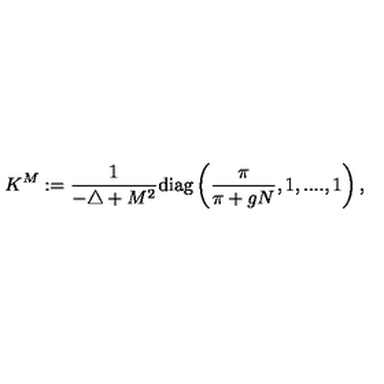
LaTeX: K ^ { M } : = \frac { 1 } { - \triangle + M ^ { 2 } } \mathrm { d i a g } \left( \frac { \pi } { \pi + g N } , 1 , . . . . , 1 \right) ,